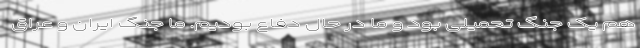
هم یک جنگ تحمیلی بود و ما در حال دفاع بودیم. ما جنگ ایران و عراق